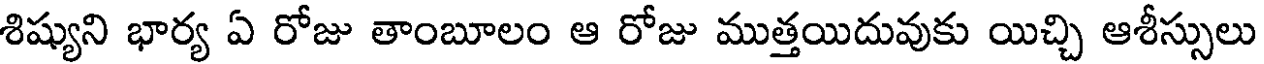
శిష్యుని భార్య ఏ రోజు తాంబూలం ఆ రోజు ముత్తయిదువుకు యిచ్చి ఆశీస్సులు